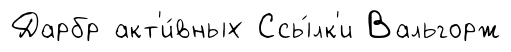
Дарбр акт'и́вных Ссы́лк'и Вальгорж